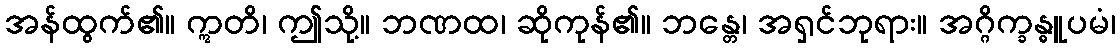
အန်ထွက်၏။ ဣတိ၊ ဤသို့။ ဘဏထ၊ ဆိုကုန်၏။ ဘန္တေ၊ အရှင်ဘုရား။ အဂ္ဂိက္ခန္ဓူပမံ၊